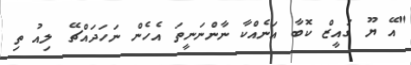
"އޭ ޔޫ ގައީޒް ކޮބާ އަނެއްކާ ނާންނަނީތަ އެހެން ނަހަދައްޗޭ ލިއު ތި